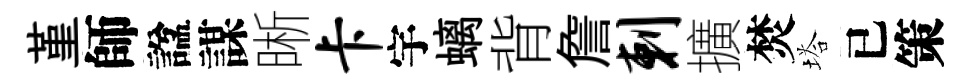
堇師諡謀晰卡宇螭背詹剌擴焚塔已策